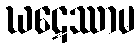
ဃဋေဿာမ